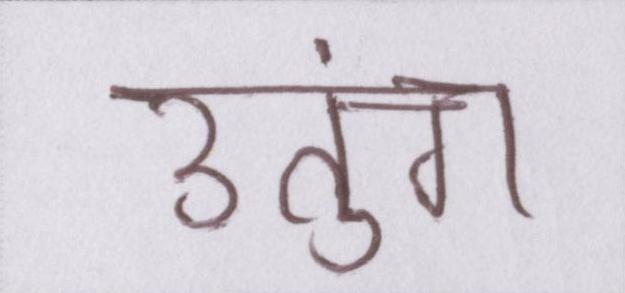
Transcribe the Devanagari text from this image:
उतुंग